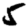
Digit: 5